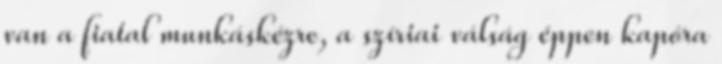
van a fiatal munkáskézre, a szíriai válság éppen kapóra